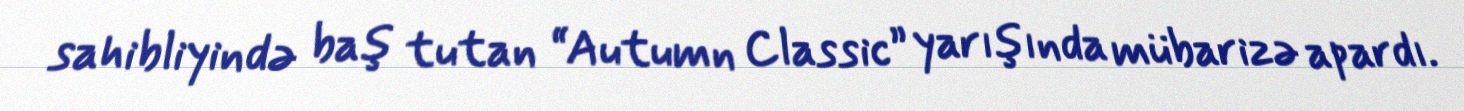
sahibliyində baş tutan “Autumn Classic” yarışında mübarizə apardı.